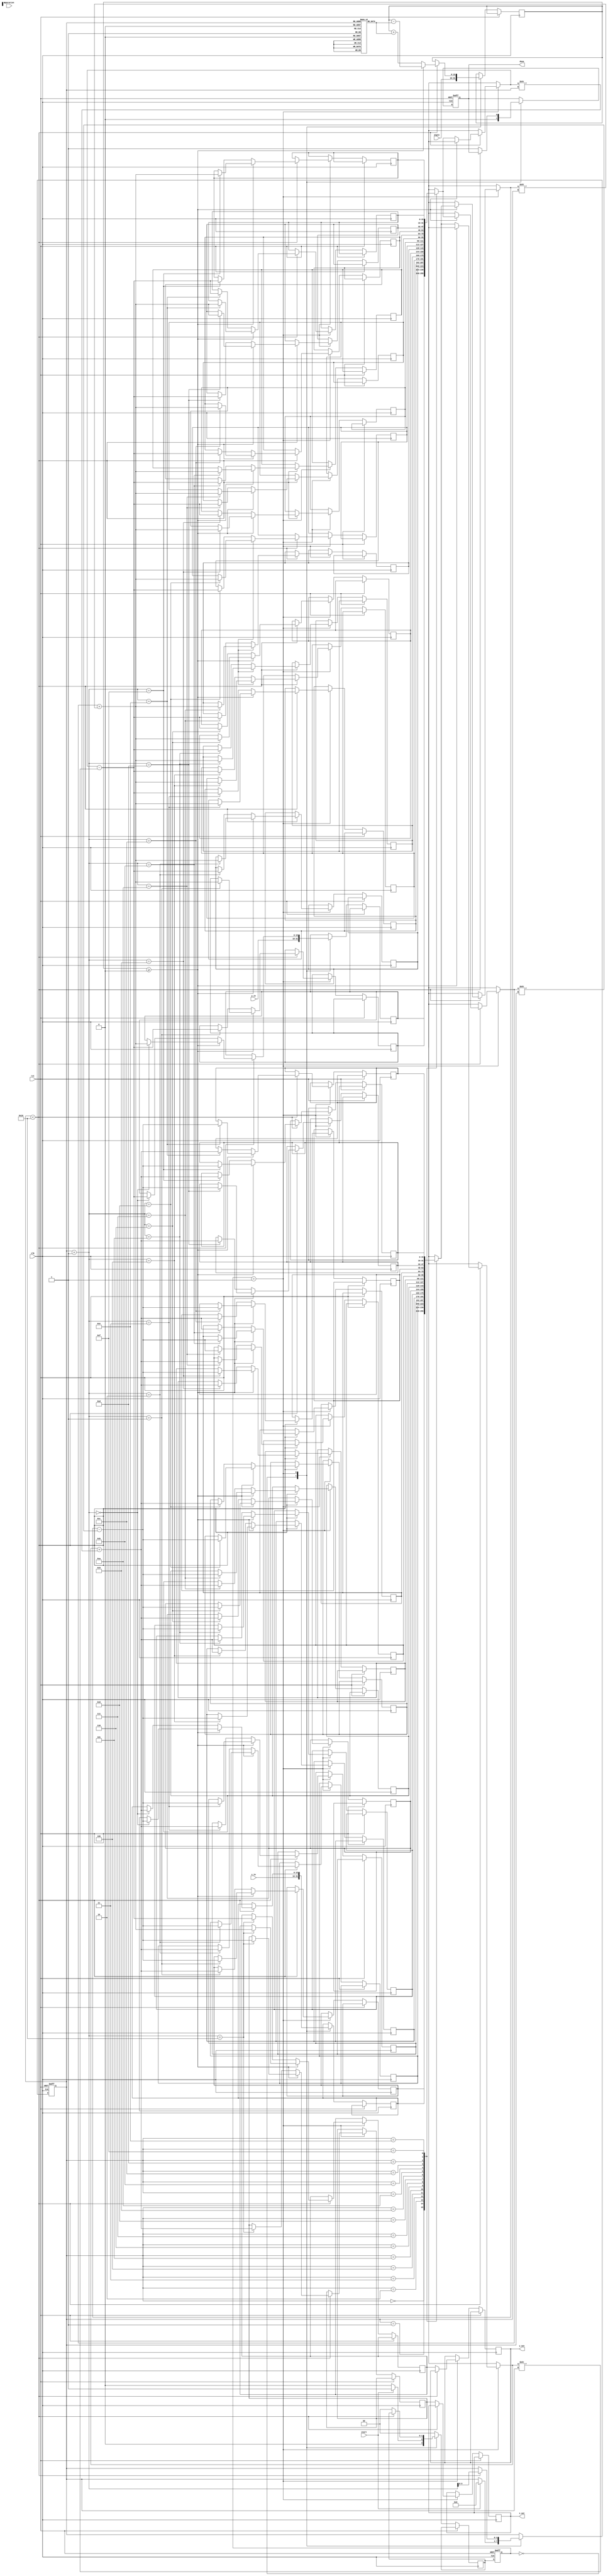
module CORDIC (
    input wire clk,
    input wire rst,
    input wire start,
    input wire [15:0] angle,           // Input angle in fixed-point format
    input wire [15:0] x_in,            // X input vector
    input wire [15:0] y_in,            // Y input vector
    input wire [1:0] operation,        // Operation: 00 - Sine, 01 - Cosine, 10 - Multiplication, 11 - Division
    output reg [15:0] x_out,          // Output X result
    output reg [15:0] y_out,          // Output Y result (for sine/cosine)
    output reg done
);

    // CORDIC Parameters
    parameter NUM_ITERATIONS = 16;     // Number of iterations
    reg [15:0] atan_table [0:NUM_ITERATIONS-1]; // Lookup table for arctangent values
    reg [15:0] x [0:NUM_ITERATIONS];   // X coordinate
    reg [15:0] y [0:NUM_ITERATIONS];   // Y coordinate
    reg [15:0] z;                       // Angle accumulator
    reg [3:0] k;                       // Iteration counter
    reg [1:0] state;                   // State register
    reg [1:0] next_state;              // Next state register

    // Initialize the arctangent table
    initial begin
        atan_table[0] = 16'h2000;  // atan(1) = /4 in fixed-point
        atan_table[1] = 16'h12C9;  // atan(0.5) in fixed-point
        atan_table[2] = 16'h0A3D;  // atan(0.25) in fixed-point
        // ... Fill in the rest of the table ...
        atan_table[NUM_ITERATIONS-1] = 16'h0001; // atan(0) = 0
    end

    // State machine for control logic
    always @(posedge clk or posedge rst) begin
        if (rst) begin
            state <= 0;
            done <= 0;
            k <= 0;
        end else begin
            state <= next_state;

            case (state)
                2'b00: begin // IDLE
                    x[0] <= x_in;
                    y[0] <= y_in;
                    z <= angle;
                    done <= 0;
                    if (start) begin
                        k <= 0;
                        next_state <= 2'b01; // Start iteration
                    end else begin
                        next_state <= 2'b00; // Remain in IDLE
                    end
                end

                2'b01: begin // Iteration
                    if (k < NUM_ITERATIONS) begin
                        // CORDIC rotation
                        if (z >= 0) begin
                            x[k+1] <= x[k] - (y[k] >> k);
                            y[k+1] <= y[k] + (x[k] >> k);
                            z <= z - atan_table[k];
                        end else begin
                            x[k+1] <= x[k] + (y[k] >> k);
                            y[k+1] <= y[k] - (x[k] >> k);
                            z <= z + atan_table[k];
                        end
                        k <= k + 1;
                    end else begin
                        // Final output assignment
                        x_out <= x[NUM_ITERATIONS];
                        y_out <= y[NUM_ITERATIONS];
                        done <= 1;
                        next_state <= 2'b00; // Go back to IDLE
                    end
                end

                default: next_state <= 2'b00; // Default to IDLE
            endcase
        end
    end

endmodule